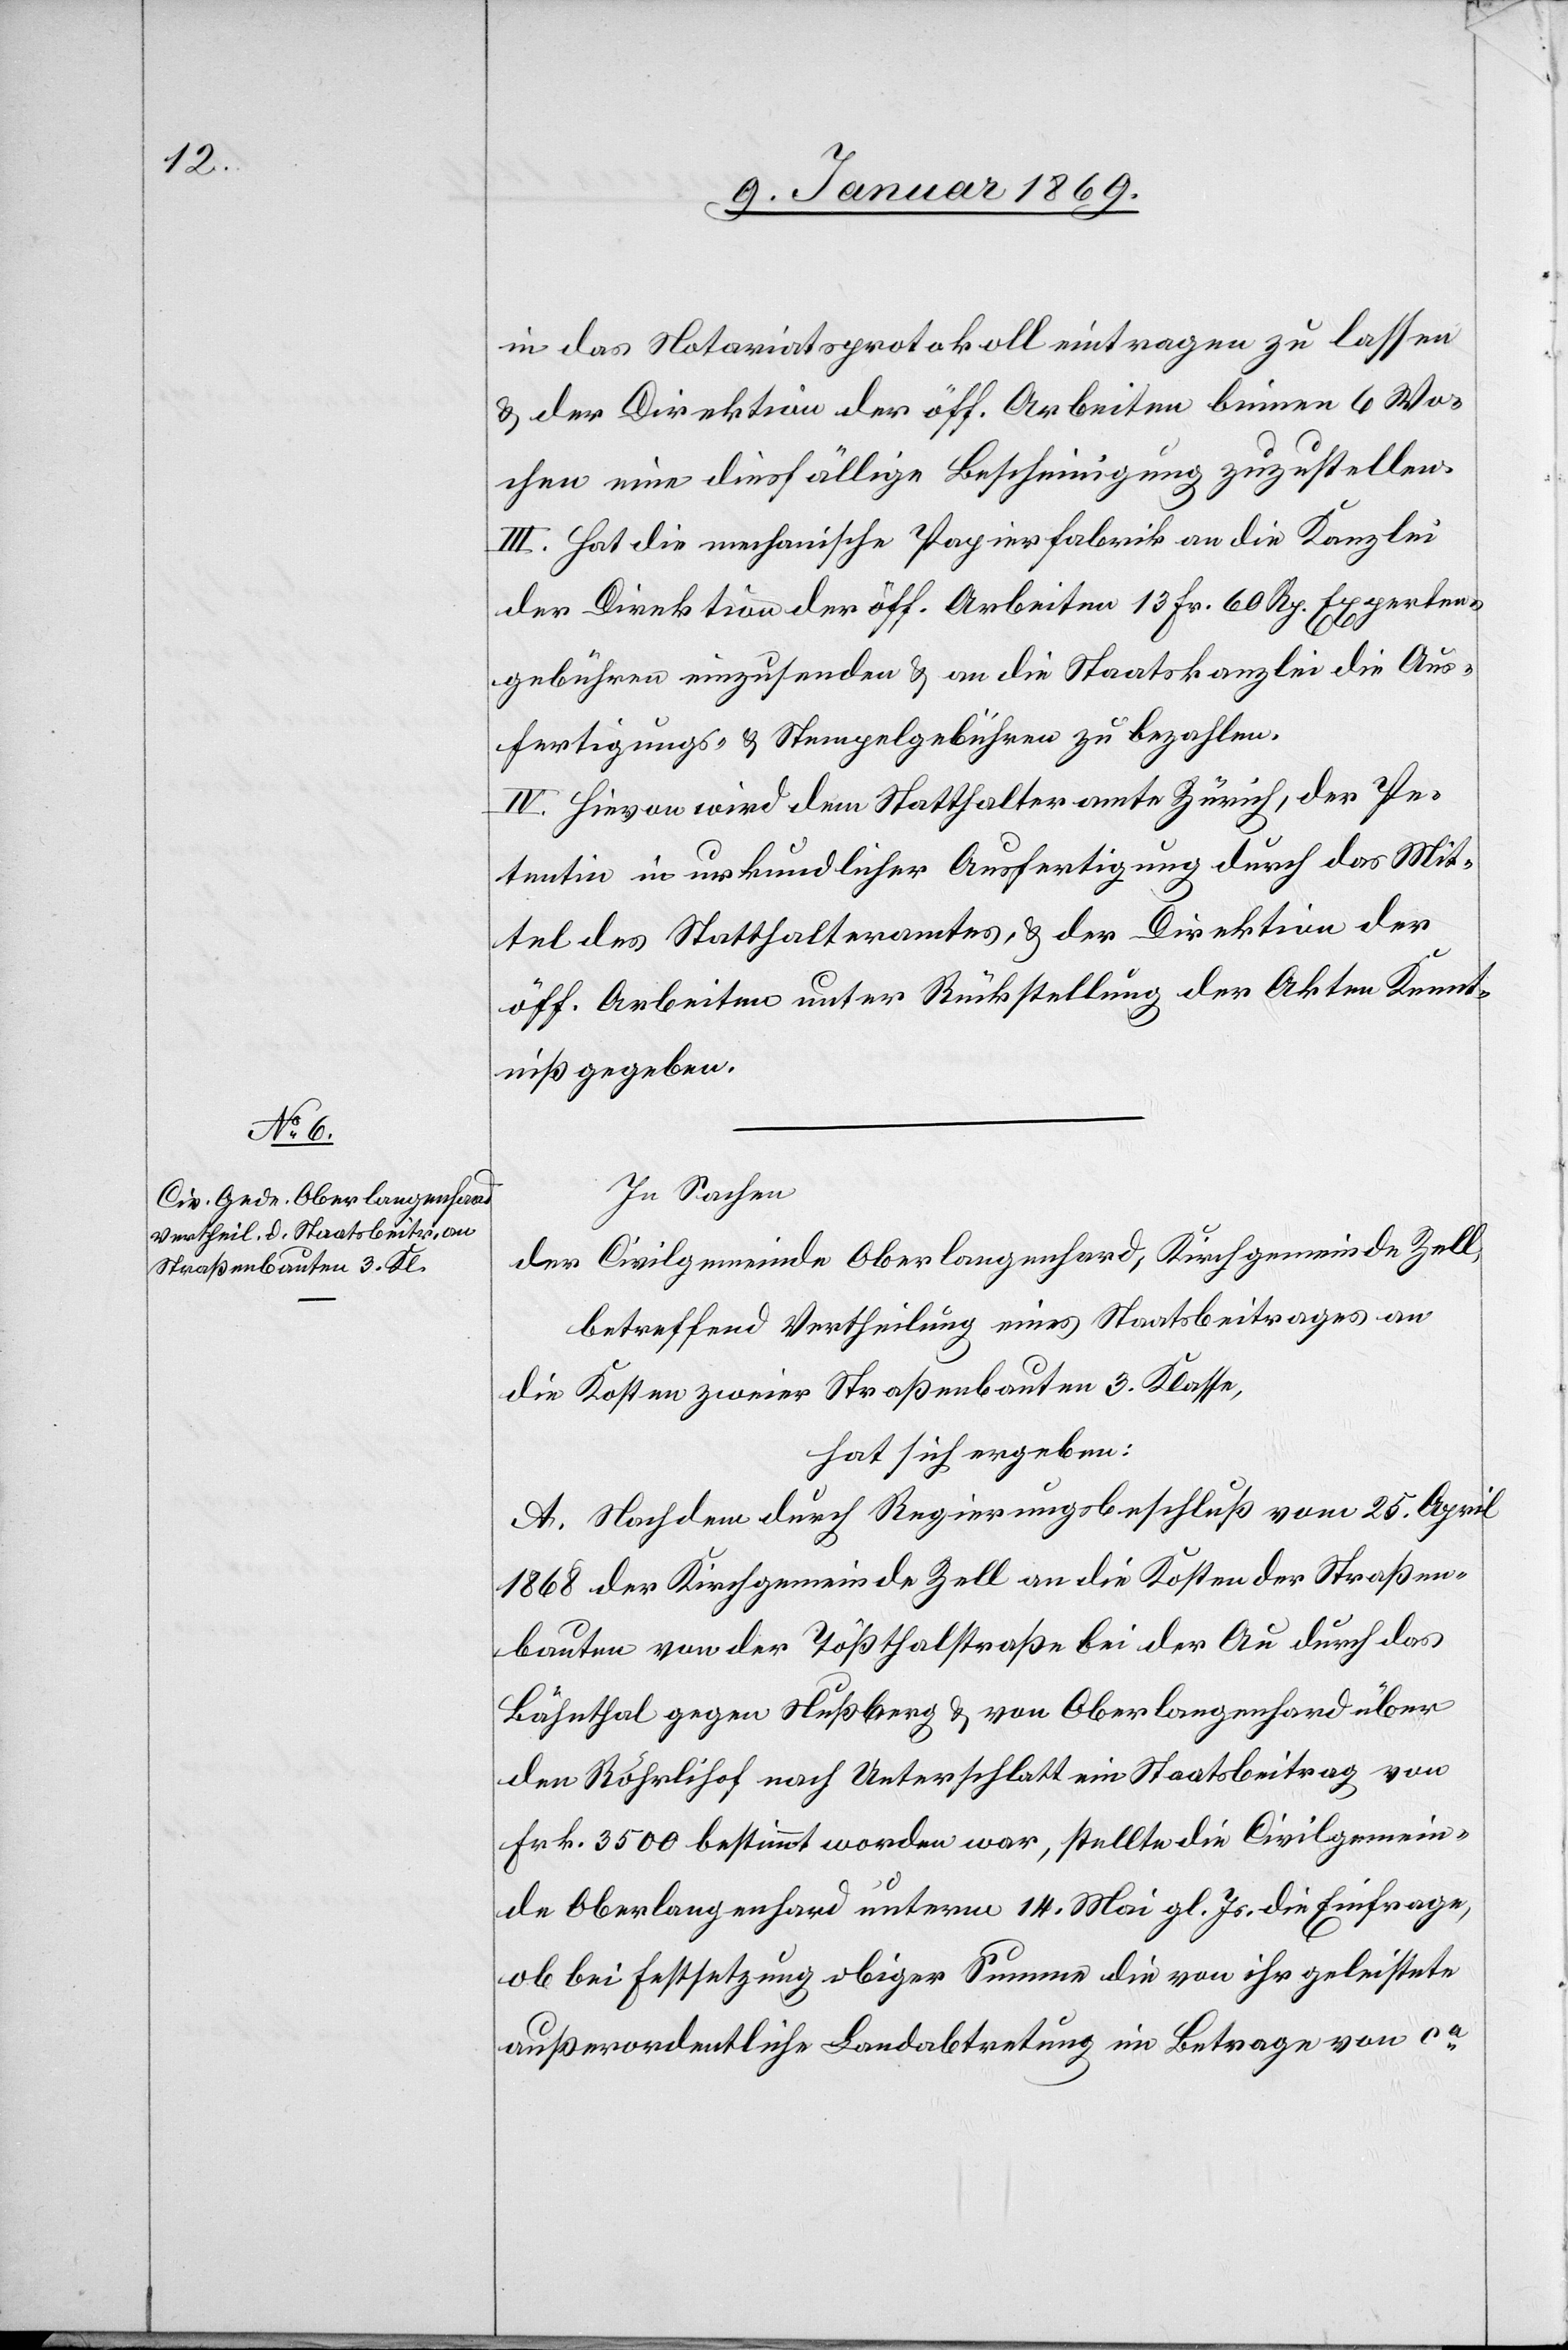
in das Notariatsprotokoll eintragen zu lassen
& der Direktion der öff. Arbeiten binnen 4 Wo¬
chen eine diesfällige Bescheinigung zuzustellen.
III. Hat die mechanische Papierfabrik an die Kanzlei
der Direktion der öff. Arbeiten 13 Fr. 60 Rp. Experten¬
gebühren einzusenden & an die Staatskanzlei die Aus¬
fertigungs- & Stempelgebühren zu bezahlen.
IV. Hievon wird dem Statthalteramte Zürich, der Pe¬
tentin in urkundlicher Ausfertigung durch das Mit¬
tel des Statthalteramtes, & der Direktion der
öff. Arbeiten unter Rückstellung der Akten Kennt¬
niß gegeben.
In Sachen
der Civilgemeinde Oberlangenhard, Kirchgemeinde Zell,
betreffend Vertheilung eines Staatsbeitrages an
die Kosten zweier Straßenbauten 3. Klasse,
hat sich ergeben:
A. Nachdem durch Regierungsbeschluß vom 25. April
1868 der Kirchgemeinde Zell an die Kosten der Straßen¬
bauten von der Tößthalstraße bei der Au durch das
Bähnthal gegen Nußberg & von Oberlangenhard über
den Röhrlihof nach Unterschlatt ein Staatsbeitrag von
Frk. 3500 bestimmt worden war, stellt die Civilgemein¬
de Oberlangenhard unterm 14. Mai gl. Js. die Einfrage,
ob bei Festsetzung obiger Summe die von ihr geleistete
außerordentliche Landabtretung im Betrage von ca